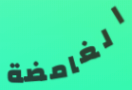
الغامضة